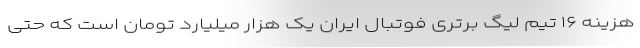
هزینه ۱۶ تیم لیگ برتری فوتبال ایران یک هزار میلیارد تومان است که حتی